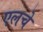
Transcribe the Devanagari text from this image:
एलचे